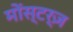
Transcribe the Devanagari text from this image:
मोंस्टर्ज़